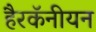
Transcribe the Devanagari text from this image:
हैरकॅनीयन